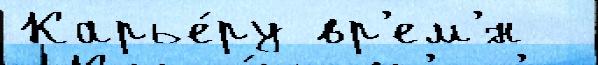
Карье́ру вр'ем'́н